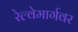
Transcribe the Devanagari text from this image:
रेल्वेमार्गवर